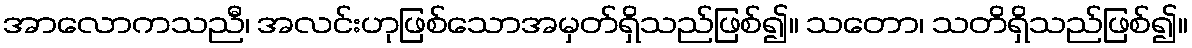
အာလောကသညီ၊ အလင်းဟုဖြစ်သောအမှတ်ရှိသည်ဖြစ်၍။ သတော၊ သတိရှိသည်ဖြစ်၍။